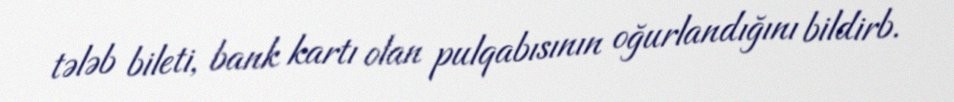
tələb bileti, bank kartı olan pulqabısının oğurlandığını bildirb.